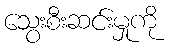
သွေးစီးဆင်းမှုကို